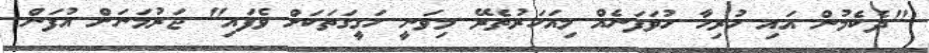
"ދެކެމުން އައި ހުރިހާ ހުވަފަނެއް މިއަހަރުތެރޭ މިވަނީ ހަގީގަތަކަށް ވެފައި" ޖަރުމަނަށް އުފަން